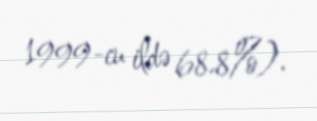
1999-cu ildə 68.8%).